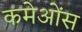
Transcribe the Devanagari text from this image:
कमेओंस